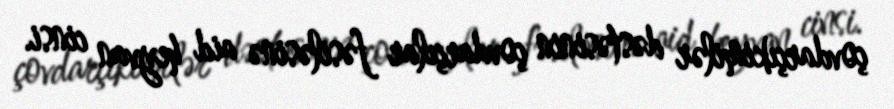
çovdarçıkimilər dəstəsinin çovdarçılar fəsiləsinə aid heyvan cinsi.